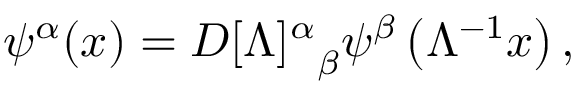
\psi ^ { \alpha } ( x ) = D { [ \Lambda ] ^ { \alpha } } _ { \beta } \psi ^ { \beta } \left( \Lambda ^ { - 1 } x \right) ,